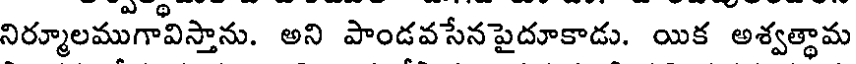
నిర్మూలముగావిస్తాను. అని పాండవసేనపైదూకాడు. యిక అశ్వత్థామ